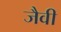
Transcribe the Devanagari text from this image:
जैवी